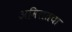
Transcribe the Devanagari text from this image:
अमिरातचा